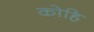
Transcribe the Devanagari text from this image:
कोहि